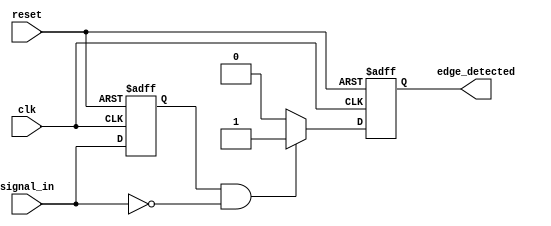
module negative_edge_detector (
    input wire clk,            // Clock signal
    input wire reset,          // Reset signal
    input wire signal_in,      // Input signal to detect edges
    output reg edge_detected    // Output signal indicating a negative edge
);

    reg signal_in_prev;        // Register to hold the previous state of signal_in

    // Always block to sample the input signal on the rising edge of the clock
    always @(posedge clk or posedge reset) begin
        if (reset) begin
            signal_in_prev <= 1'b0; // Initialize previous signal state to 0 on reset
            edge_detected <= 1'b0;   // Initialize edge_detected to 0 on reset
        end else begin
            // Detect negative edge
            if (signal_in_prev == 1'b1 && signal_in == 1'b0) begin
                edge_detected <= 1'b1; // Set edge_detected high on negative edge
            end else begin
                edge_detected <= 1'b0;  // Reset edge_detected otherwise
            end
            
            // Update previous state of signal_in
            signal_in_prev <= signal_in;
        end
    end

endmodule